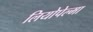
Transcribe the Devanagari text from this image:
लियोपेल्मा